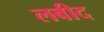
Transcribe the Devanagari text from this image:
लबीद